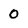
Character: 0